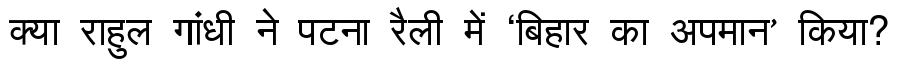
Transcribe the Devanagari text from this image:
क्या राहुल गांधी ने पटना रैली में ‘बिहार का अपमान’ किया?